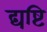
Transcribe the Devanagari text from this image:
द्यष्टि